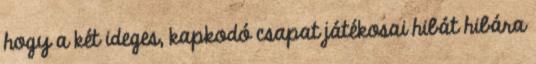
hogy a két ideges, kapkodó csapat játékosai hibát hibára